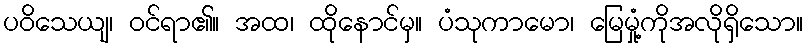
ပဝိသေယျ၊ ဝင်ရာ၏။ အထ၊ ထိုနောင်မှ။ ပံသုကာမော၊ မြေမှုံ့ကိုအလိုရှိသော။